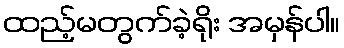
ထည့်မတွက်ခဲ့ရိုး အမှန်ပါ။